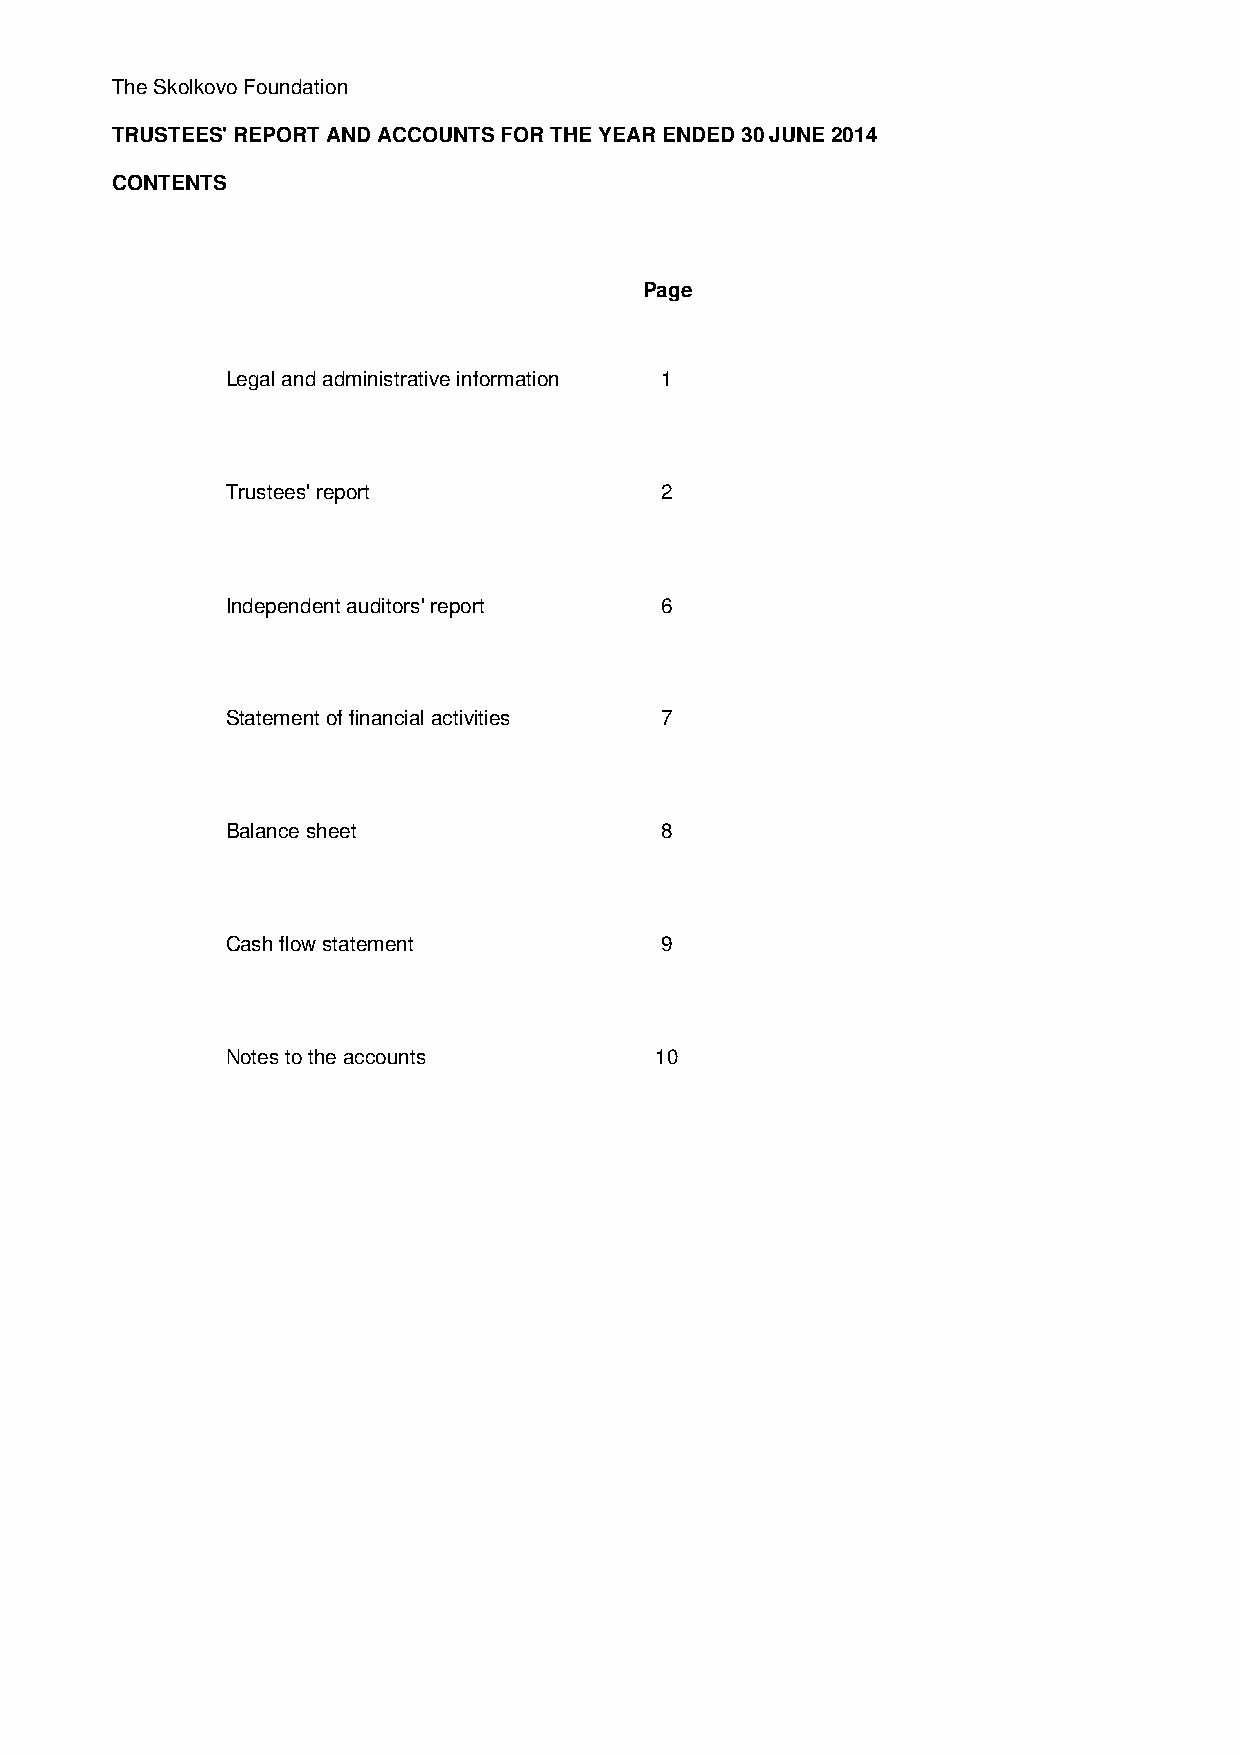
The Skolkovo Foundation
 TRUSTEES' REPORT AND ACCOUNTS FOR THE YEAR ENDED 30 JUNE 2014
 CONTENTS
 Page
 Legal and administrative information 1
 Trustees' report             2
 Independent auditors' report 6
 Statement of financial activities 7
 Balance sheet                8
 Cash flow statement          9
 Notes to the accounts       10